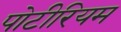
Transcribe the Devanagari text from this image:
पोटीरियम